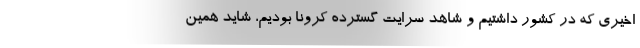
اخیری که در کشور داشتیم و شاهد سرایت گسترده کرونا بودیم، شاید همین